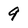
Character: 9